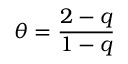
\theta = \frac { 2 - q } { 1 - q }